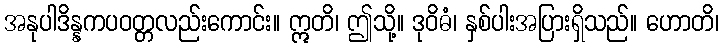
အနုပါဒိန္နကပဝတ္တလည်းကောင်း။ ဣတိ၊ ဤသို့။ ဒုဝိဓံ၊ နှစ်ပါးအပြားရှိသည်။ ဟောတိ၊